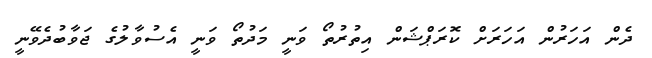
ދެން އަހަރުން އަހަރަށް ކޮރަޕްޝަން އިތުރުތޯ ވަނީ މަދުތޯ ވަނީ އެސުވާލުގެ ޖަވާބުދެވޭނީ